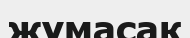
жұмасақ